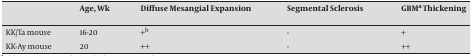
|  | Age, Wk | Diffuse Mesangial Expansion | Segmental Sclerosis | GBMa Thickening |
 | --- | --- | --- | --- | --- |
 | KK/Ta mouse | 16-20 | +b | - | + |
 | KK-Ay mouse | 20 | ++ | - | ++ |